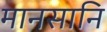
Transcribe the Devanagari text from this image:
मानसानि